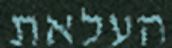
העלאת